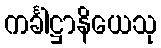
ကင်္ခါဋ္ဌာနိယေသု